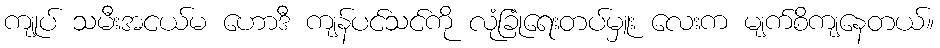
ကျုပ် သမီးအငယ်မ ဟောဒီ ကျန်ပင်သင်ကို လုံခြုံရေးတပ်မှူး လေးက မျက်စိကျနေတယ်။